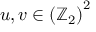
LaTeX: u , v \in \left( \mathbb { Z } _ { 2 } \right) ^ { 2 }